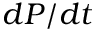
d P / d t